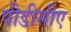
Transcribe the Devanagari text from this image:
पीडीसीए